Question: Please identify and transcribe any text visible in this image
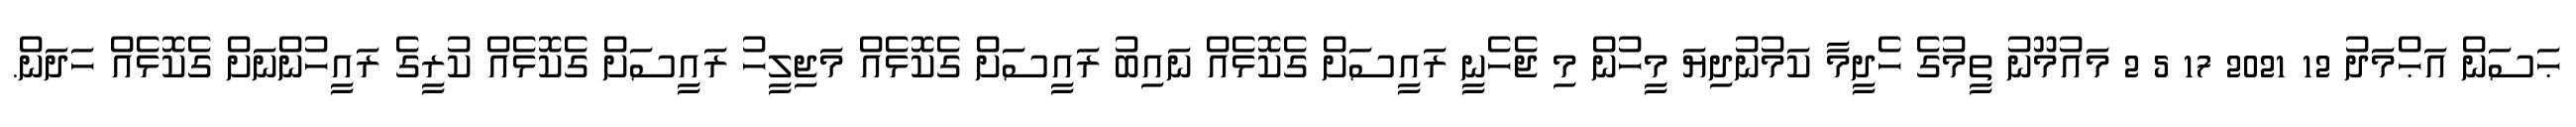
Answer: ޙަސަން އަޙްމަދު 12 2021 17 5 2 މައުމޫނު ތީމުގެ ހެދީމާ ކަމުނުދިޔަ މީހުން މި ޖެހެނީ ރައީސަށް ގެކޮޅެއް ނައިބު ރައީސަށް ގެކޮޅެއް މަޖިލީހު ރައީސަށް ގެކޮޅެއް ކުރީގެ ރައީހުންނަށް ގެކޮޅެއް ހަދަން.